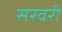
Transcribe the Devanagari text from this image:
सरवरी